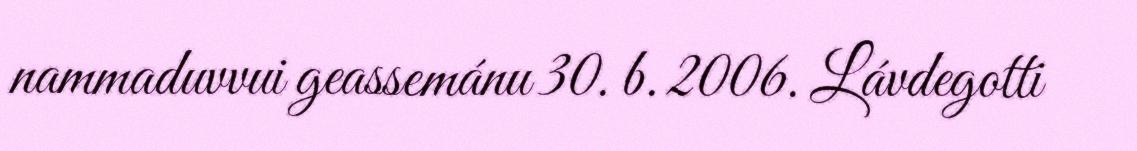
nammaduvvui geassemánu 30. b. 2006. Lávdegotti